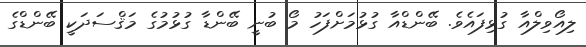
ލިއޯވިލްއާ ގުޅިފައެވެ. ބޭންޑްއާ ގުޅުމަށްފަހު މޯ ބުނީ ބޭންޑާ ގުޅުމުގެ މަޤްސަދަކީ ބޭންޑްގެ